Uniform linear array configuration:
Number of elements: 32
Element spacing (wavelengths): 1
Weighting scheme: kaiser
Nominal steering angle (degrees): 0
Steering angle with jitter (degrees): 0.5387
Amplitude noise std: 0.05
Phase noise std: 0.05

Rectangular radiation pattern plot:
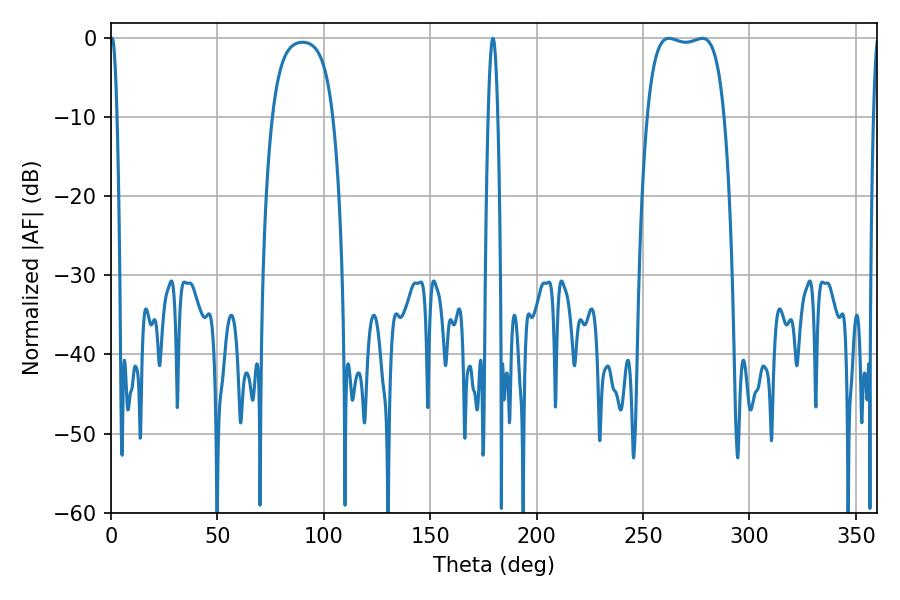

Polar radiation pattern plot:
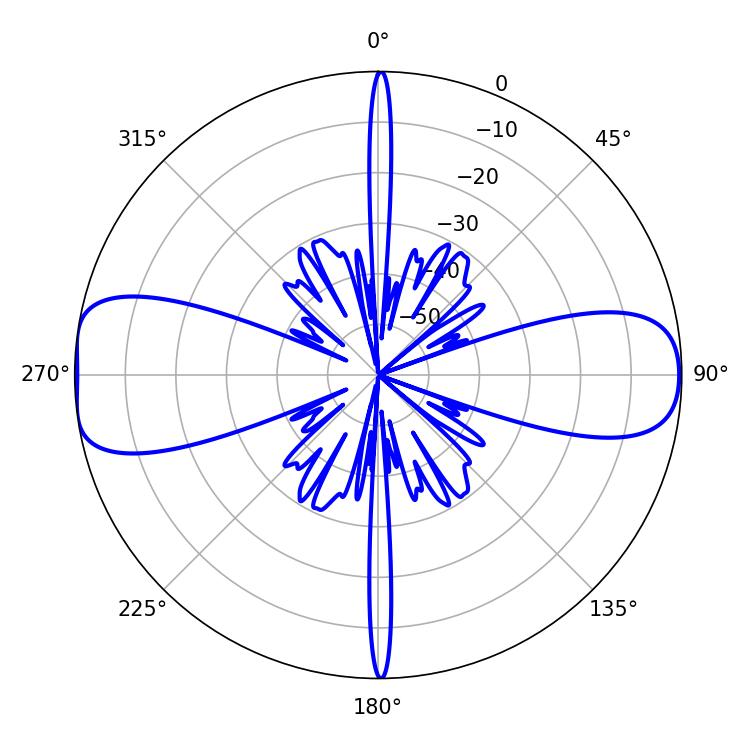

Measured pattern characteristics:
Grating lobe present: TRUE
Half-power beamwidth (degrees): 1.8
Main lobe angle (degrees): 0.54